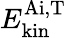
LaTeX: E_{\mathrm{kin}}^{\mathrm{Ai,T}}